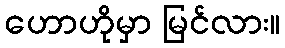
ဟောဟိုမှာ မြင်လား။